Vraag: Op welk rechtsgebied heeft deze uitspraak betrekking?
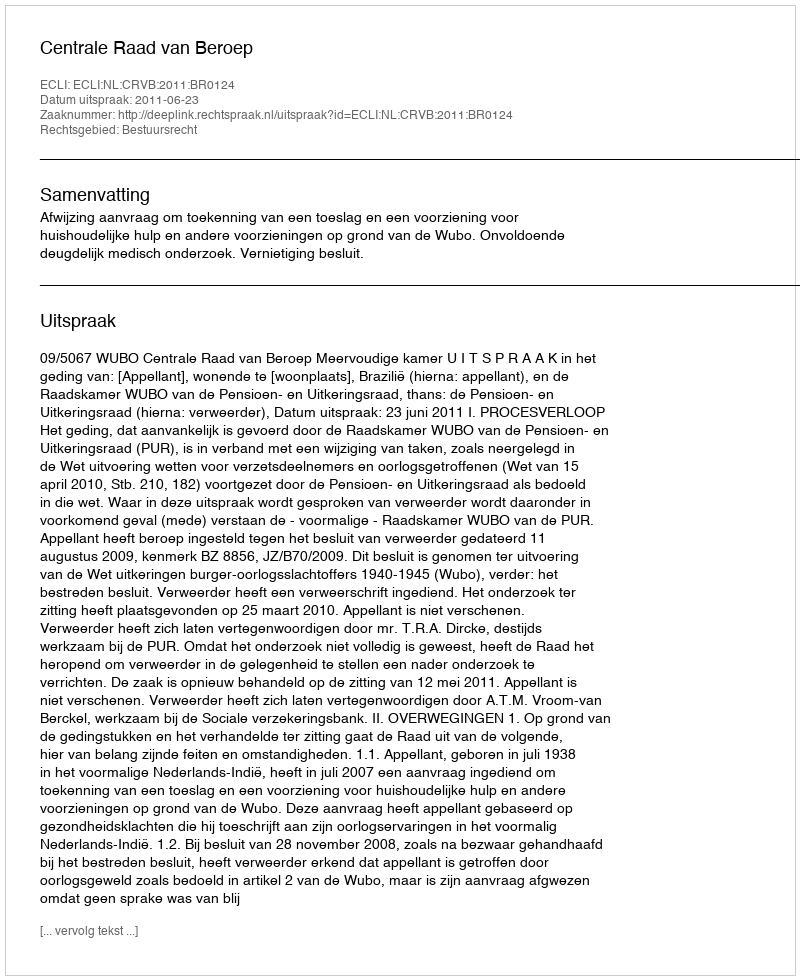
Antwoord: Bestuursrecht